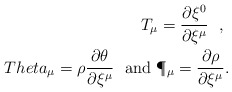
\begin{align*}T_\mu=\frac{\partial \xi^0}{\partial \xi^\mu}\ \ ,\ \\Theta_\mu=\rho\frac{\partial\theta}{\partial\xi^\mu}\ \ {\rm and}\ \P_\mu=\frac{\partial\rho}{\partial \xi^\mu}.\end{align*}